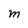
Character: M